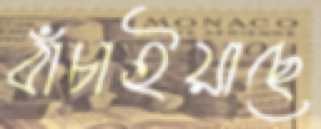
বাঁচাইয়াছে